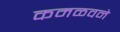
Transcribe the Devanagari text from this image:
कमळवने